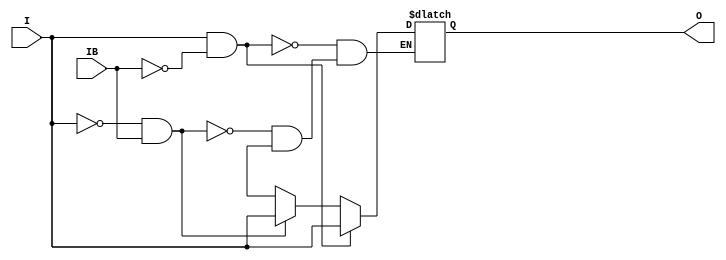
module IBUFGDS (O, I, IB);

    parameter CAPACITANCE = "DONT_CARE";   
    parameter DIFF_TERM = "FALSE";
    parameter IBUF_DELAY_VALUE = "0";
    parameter IBUF_LOW_PWR = "TRUE";
    parameter IOSTANDARD = "DEFAULT";
   
    output O;
    input  I, IB;

    reg o_out;

    buf b_0 (O, o_out);

    initial begin
	
        case (CAPACITANCE)

            "LOW", "NORMAL", "DONT_CARE" : ;
            default : begin
                          $display("Attribute Syntax Error : The attribute CAPACITANCE on IBUFGDS instance %m is set to %s.  Legal values for this attribute are DONT_CARE, LOW or NORMAL.", CAPACITANCE);
                          $finish;
                      end

        endcase

	
	case (DIFF_TERM)

            "TRUE", "FALSE" : ;
            default : begin
                          $display("Attribute Syntax Error : The attribute DIFF_TERM on IBUFGDS instance %m is set to %s.  Legal values for this attribute are TRUE or FALSE.", DIFF_TERM);
                          $finish;
                      end

	endcase

	
	case (IBUF_DELAY_VALUE)

            "0", "1", "2", "3", "4", "5", "6", "7", "8", "9", "10", "11", "12", "13", "14", "15", "16" : ;
            default : begin
                          $display("Attribute Syntax Error : The attribute IBUF_DELAY_VALUE on IBUFGDS instance %m is set to %s.  Legal values for this attribute are 0, 1, 2, ... or 16.", IBUF_DELAY_VALUE);
                          $finish;
                      end

        endcase

        case (IBUF_LOW_PWR)

            "FALSE", "TRUE" : ;
            default : begin
                          $display("Attribute Syntax Error : The attribute IBUF_LOW_PWR on IBUF instance %m is set to %s.  Legal values for this attribute are TRUE or FALSE.", IBUF_LOW_PWR);
                          $finish;
                      end

        endcase


    end
    
    always @(I or IB) begin
	if (I == 1'b1 && IB == 1'b0)
	    o_out <= I;
	else if (I == 1'b0 && IB == 1'b1)
	    o_out <= I;
        else if (I == 1'bx || I == 1'bz || IB == 1'bx || IB == 1'bz)
            o_out <= 1'bx;
    end

endmodule